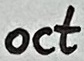
Text: oct